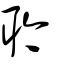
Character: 耹